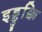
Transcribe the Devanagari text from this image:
इड्डुक्कि